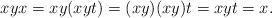
LaTeX: \begin{align*}xyx=xy(xyt)=(xy)(xy) t=xyt=x.\end{align*}